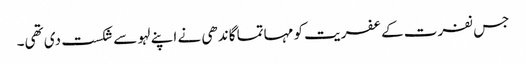
جس نفرت کے عفریت کو مہاتما گاندھی نے اپنے لہو سے شکست دی تھی۔